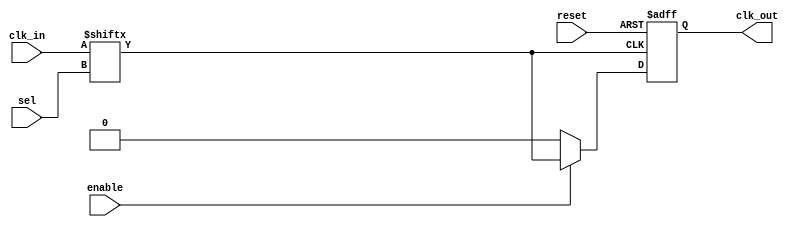
module ClockMultiplexerBuffer #(
    parameter N = 4, // Number of clock inputs
    parameter M = 2  // Number of select lines (N = 2^M)
)(
    input  wire [N-1:0] clk_in,  // Clock inputs
    input  wire [M-1:0] sel,      // Select lines
    input  wire enable,            // Enable signal
    input  wire reset,             // Reset signal
    output reg clk_out             // Clock output
);

// Internal signal to hold the selected clock
wire selected_clk;

// Multiplexer logic to select the clock input based on select lines
assign selected_clk = clk_in[sel];

// Output logic
always @(posedge selected_clk or posedge reset) begin
    if (reset) begin
        clk_out <= 1'b0; // Reset output to low
    end else if (enable) begin
        clk_out <= selected_clk; // Route the selected clock to output
    end else begin
        clk_out <= 1'b0; // Hold output low when not enabled
    end
end

endmodule